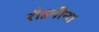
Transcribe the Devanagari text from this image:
रौडनीना